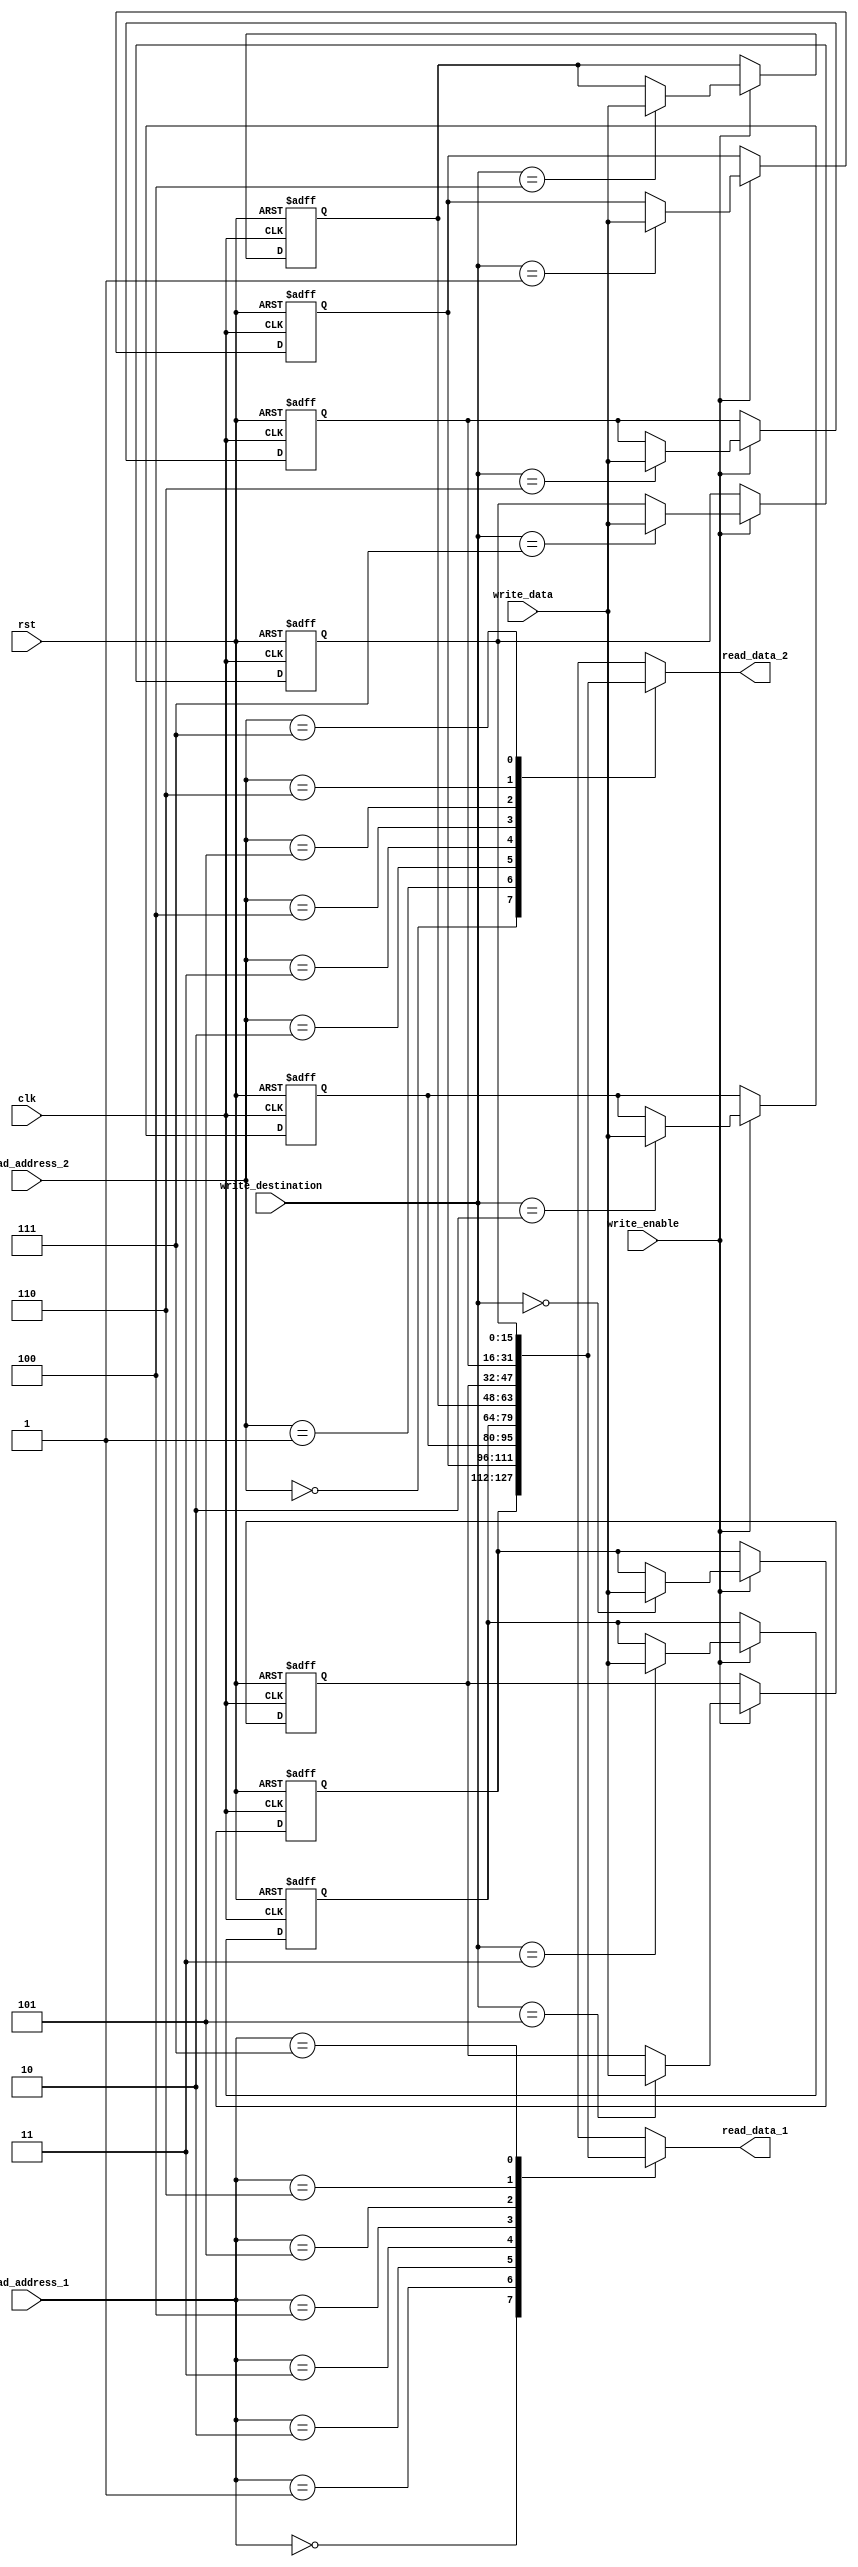
`timescale 1ns / 1ps

 module register_file  
 (  
      input clk,  
      input rst,   
		
      input write_enable,  
      input[2:0] write_destination, 
      input[15:0] write_data,
		
      //read port 1  
      input[2:0] read_address_1, 
      output[15:0] read_data_1,  
		
      //read port 2  
      input[2:0] read_address_2, 
      output[15:0] read_data_2  
 );  
      reg[15:0] register_array [7:0];  

      always @ (posedge clk or posedge rst) 
		begin  
			if(rst) 
			begin  
				register_array[0] <= 16'b0;  
				register_array[1] <= 16'b0;  
				register_array[2] <= 16'b0;  
				register_array[3] <= 16'b0;  
				register_array[4] <= 16'b0;  
				register_array[5] <= 16'b0;  
				register_array[6] <= 16'd256;  
				register_array[7] <= 16'b0;       
			end  
			else 
			begin  
				if(write_enable) 
				begin  
					register_array[write_destination] <= write_data;  
				end  
			end  
		end  
		
		assign read_data_1 = register_array[read_address_1];  
      assign read_data_2 = register_array[read_address_2]; 
 endmodule